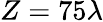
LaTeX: Z=75\lambda